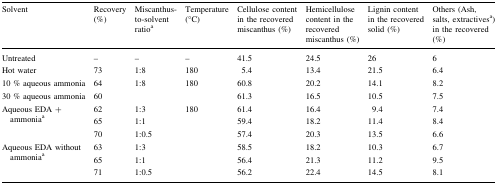
<table><thead><tr><td><b>Solvent</b></td><td><b>Recovery (%)</b></td><td><b>Miscanthus-to-solvent ratio<sup>a</sup></b></td><td><b>Temperature (°C)</b></td><td><b>Cellulose content in the recovered miscanthus(%)</b></td><td><b>Hemicellulose content in the recovered miscanthus(%)</b></td><td><b>Lignin content in the recovered solid (%)</b></td><td><b>Others (Ash, salts, extractives<sup>a</sup>)in the recovered (%)</b></td></tr></thead><tbody><tr><td>Untreated</td><td>–</td><td>–</td><td>–</td><td>41.5</td><td>24.5</td><td>26</td><td>6</td></tr><tr><td>Hot water</td><td>73</td><td>1:8</td><td>180</td><td>5.4</td><td>13.4</td><td>21.5</td><td>6.4</td></tr><tr><td>10 % aqueous ammonia</td><td>64</td><td>1:8</td><td rowspan="2">180</td><td>60.8</td><td>20.2</td><td>14.1</td><td>8.2</td></tr><tr><td>30 % aqueous ammonia</td><td>60</td><td></td><td>61.3</td><td>16.5</td><td>10.5</td><td>7.5</td></tr><tr><td rowspan="3">Aqueous EDA + ammonia<sup>a</sup></td><td>62</td><td>1:3</td><td rowspan="6">180</td><td>61.4</td><td>16.4</td><td>9.4</td><td>7.4</td></tr><tr><td>65</td><td>1:1</td><td>59.4</td><td>18.2</td><td>11.4</td><td>8.4</td></tr><tr><td>70</td><td>1:0.5</td><td>57.4</td><td>20.3</td><td>13.5</td><td>6.6</td></tr><tr><td rowspan="3">Aqueous EDA without ammonia<sup>a</sup></td><td>63</td><td>1:3</td><td>58.5</td><td>18.2</td><td>10.3</td><td>6.7</td></tr><tr><td>65</td><td>1:1</td><td>56.4</td><td>21.3</td><td>11.2</td><td>9.5</td></tr><tr><td>71</td><td>1:0.5</td><td>56.2</td><td>22.4</td><td>14.5</td><td>8.1</td></tr></tbody></table>